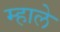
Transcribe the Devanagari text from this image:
म्हाले